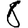
Digit: 8